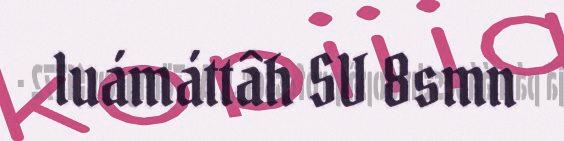
luámáttâh SV 8smn